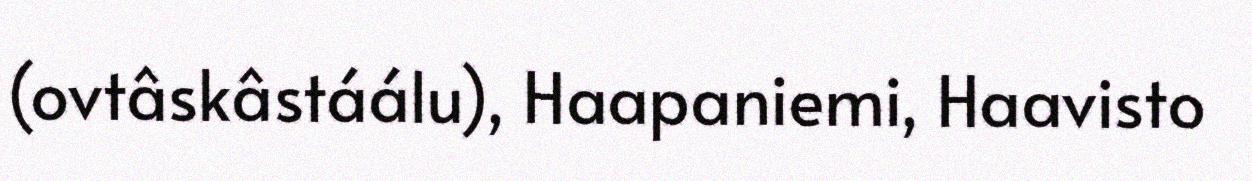
(ovtâskâstáálu), Haapaniemi, Haavisto